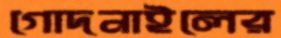
গোদনাইলের